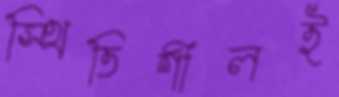
স্থিতিশীলই